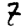
Digit: 7